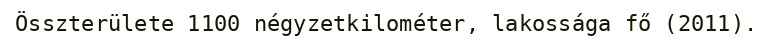
Összterülete 1100 négyzetkilométer, lakossága fő (2011).